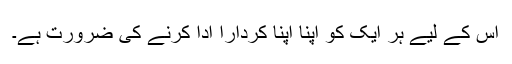
اس کے لیے ہر ایک کو اپنا اپنا کردارا ادا کرنے کی ضرورت ہے۔